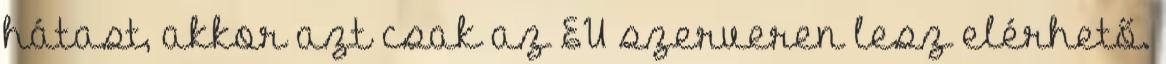
hátast, akkor azt csak az EU szerveren lesz elérhető.